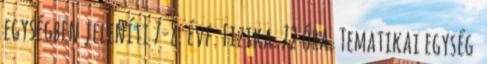
egységben jeleníti 7-8. évf. Fizika. 72 óra. Tematikai egység